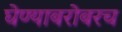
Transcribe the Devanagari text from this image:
घेण्याबरोबरच